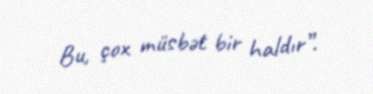
Bu, çox müsbət bir haldır”.